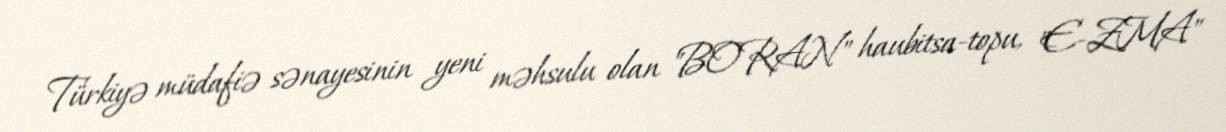
Türkiyə müdafiə sənayesinin yeni məhsulu olan "BORAN" haubitsa-topu, "E-ZMA"